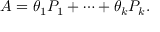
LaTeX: A = \theta _ { 1 } P _ { 1 } + \cdots + \theta _ { k } P _ { k } .